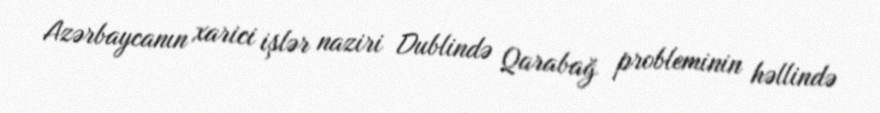
Azərbaycanın xarici işlər naziri Dublində Qarabağ probleminin həllində